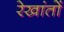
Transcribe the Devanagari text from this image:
रेखांतों